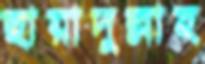
ছায়াদুল্লাহ